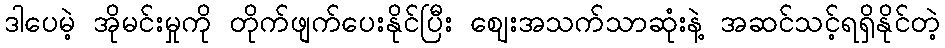
ဒါပေမဲ့ အိုမင်းမှုကို တိုက်ဖျက်ပေးနိုင်ပြီး ဈေးအသက်သာဆုံးနဲ့ အဆင်သင့်ရရှိနိုင်တဲ့